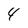
Character: 4